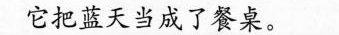
它把蓝天当成了餐桌。